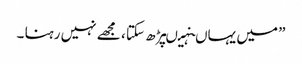
” میں یہاںنہیںپڑھ سکتا ، مجھے نہیں رہنا ۔